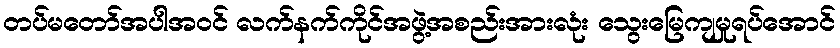
တပ်မတော်အပါအဝင် လက်နက်ကိုင်အဖွဲ့အစည်းအားလုံး သွေးမြေကျမှုရပ်အောင်